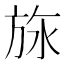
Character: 𬀅